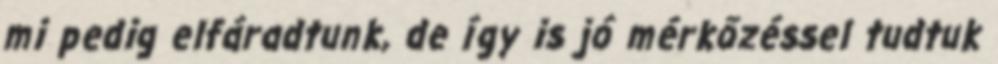
mi pedig elfáradtunk, de így is jó mérkőzéssel tudtuk